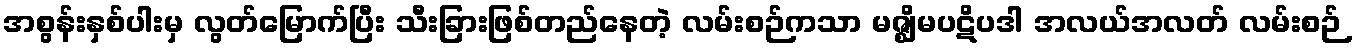
အစွန်းနှစ်ပါးမှ လွတ်မြောက်ပြီး သီးခြားဖြစ်တည်နေတဲ့ လမ်းစဉ်ကသာ မဇ္ဈိမပဋိပဒါ အလယ်အလတ် လမ်းစဉ်